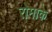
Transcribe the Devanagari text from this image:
रोमाके